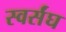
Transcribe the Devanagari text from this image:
स्वर्संघ